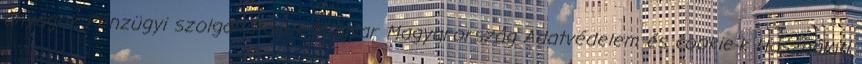
anyagok Pénzügyi szolgáltatások Magyar Magyarország Adatvédelem és cookie-k Használati